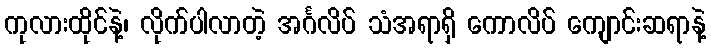
ကုလားထိုင်နဲ့၊ လိုက်ပါလာတဲ့ အင်္ဂလိပ် သံအရာရှိ ကောလိပ် ကျောင်းဆရာနဲ့